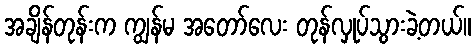
အချိန်တုန်းက ကျွန်မ အတော်လေး တုန်လှုပ်သွားခဲ့တယ်။